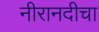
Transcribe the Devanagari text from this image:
नीरानदीचा